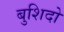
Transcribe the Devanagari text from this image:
बुशिदो